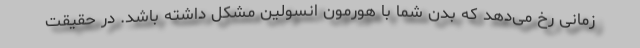
زمانی رخ می‌دهد که بدن شما با هورمون انسولین مشکل داشته باشد. در حقیقت